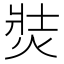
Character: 焋